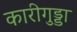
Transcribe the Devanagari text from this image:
कारीगुड्डा